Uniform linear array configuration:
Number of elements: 64
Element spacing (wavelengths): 0.5
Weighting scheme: uniform
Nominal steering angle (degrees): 45
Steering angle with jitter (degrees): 46.305
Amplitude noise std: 0.05
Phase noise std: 0.05

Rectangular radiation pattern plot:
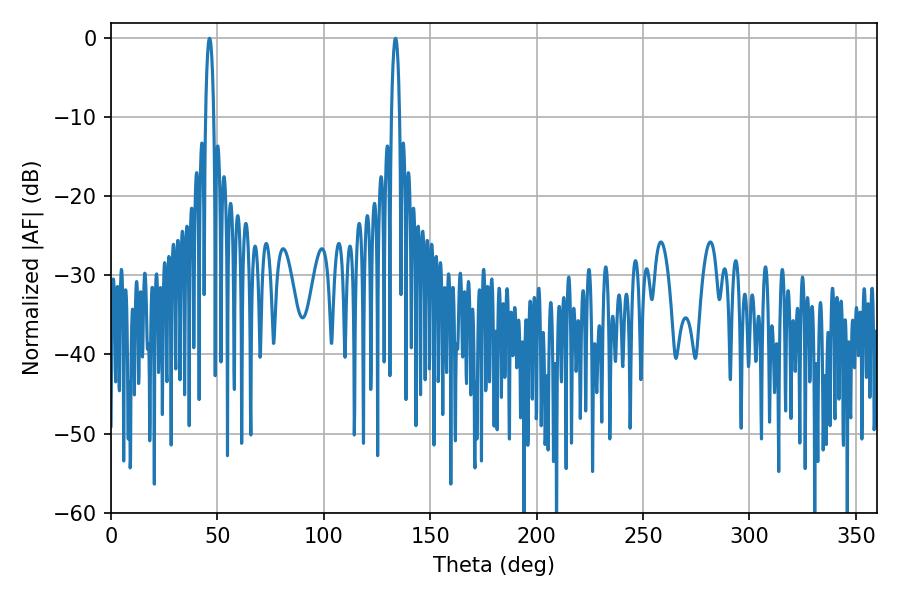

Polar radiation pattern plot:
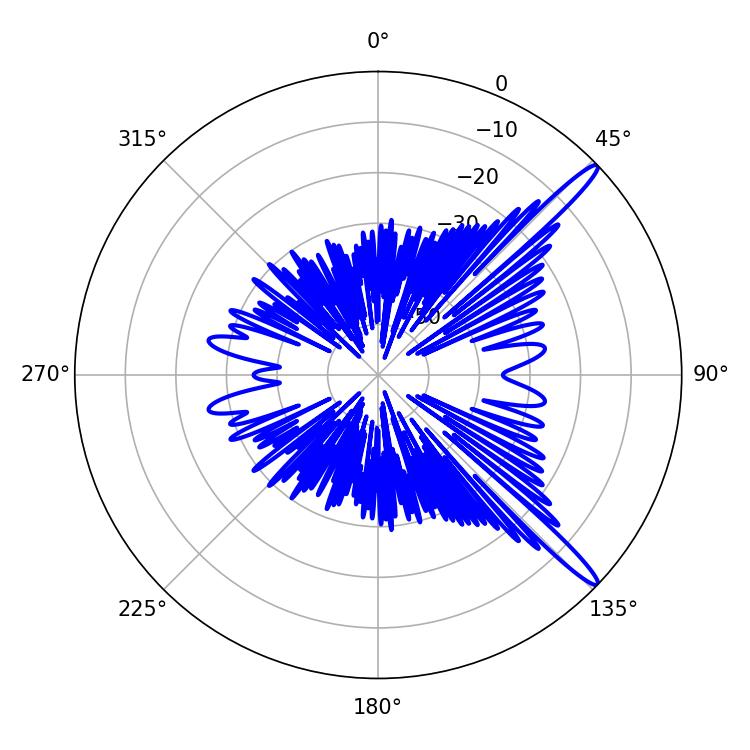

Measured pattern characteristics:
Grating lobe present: FALSE
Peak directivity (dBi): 14.902
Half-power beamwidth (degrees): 2.16
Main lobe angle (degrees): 46.26